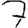
Digit: 7